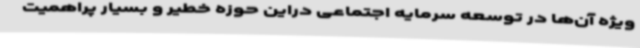
ویژه آن‌ها در توسعه سرمایه اجتماعی دراین حوزه خطیر و بسیار پراهمیت